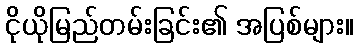
ငိုယိုမြည်တမ်းခြင်း၏ အပြစ်များ။